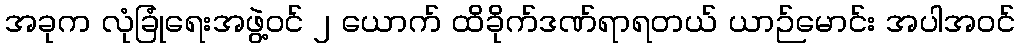
အခုက လုံခြုံရေးအဖွဲ့ဝင် ၂ ယောက် ထိခိုက်ဒဏ်ရာရတယ် ယာဉ်မောင်း အပါအဝင်